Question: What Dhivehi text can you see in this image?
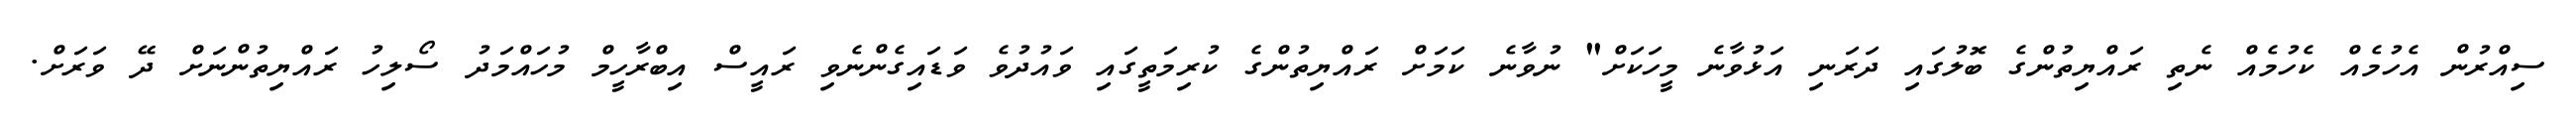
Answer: ސިއްރުން އެހުމެއް ކެހުމެއް ނެތި ރައްޔިތުންގެ ބޮލުގައި ދަރަނި އަޅުވާނެ މީހަކަށް" ނުވާނެ ކަމަށް ރައްޔިތުންގެ ކުރިމަތީގައި ވައުދުވެ ވަޑައިގެންނެވި ރައީސް އިބްރާހީމް މުހައްމަދު ސޯލިހު ރައްޔިތުންނަށް ދޭ ވަރަށް.